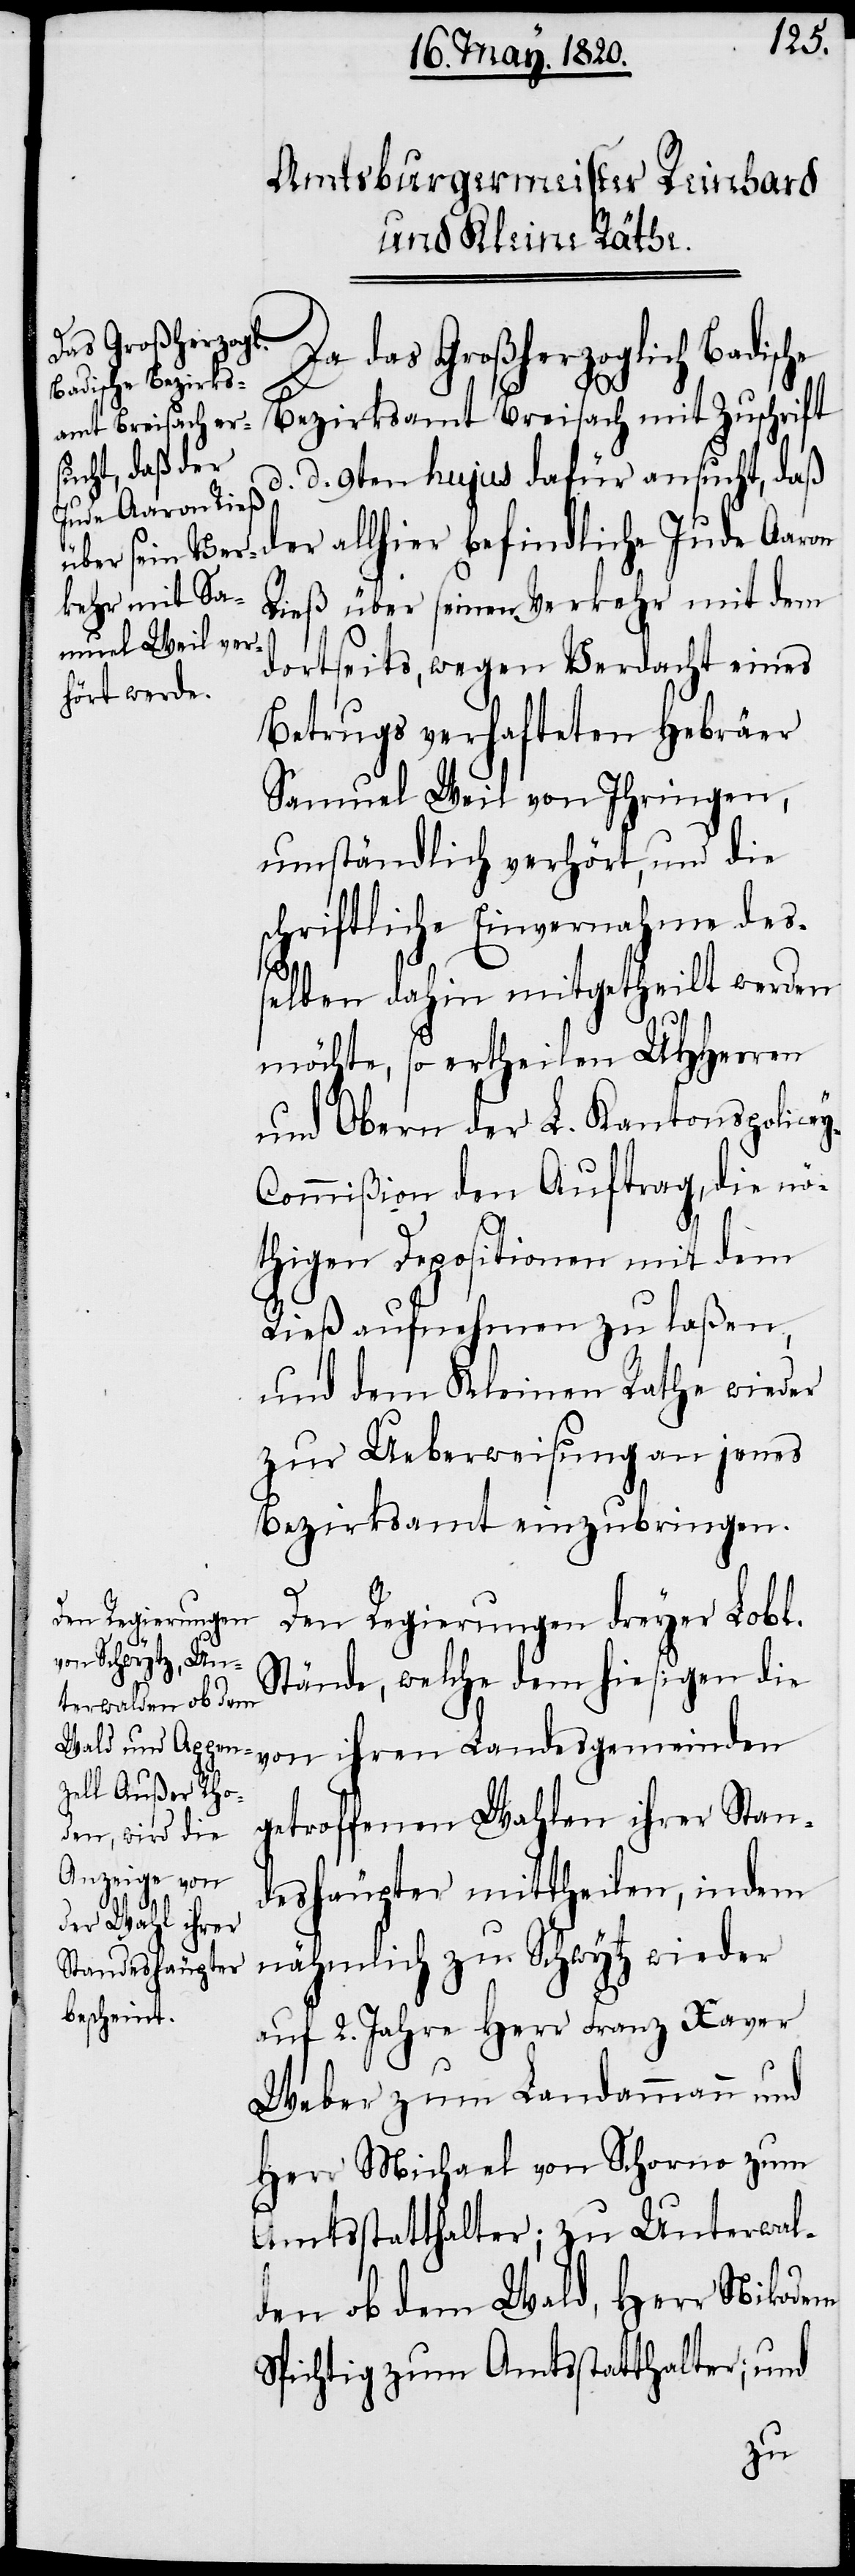
Da das Großherzoglich Badische
Bezirksamt Breisach mit Zuschrift
d. d. 9ten hujus dafür ansucht, daß
der allhier befindliche Jude Aaron
Rieß über seinen Verkehr mit dem
dortseits, wegen Verdacht eines
Betrugs verhafteten Hebräer
Samuel Weil von Ihringen,
umständlich verhört, und die
schriftliche Einvernahme des¬
selben dahin mitgetheilt werden
y-C¬
möchte, so ertheilen UHHerren
und Obern der L. Kantonspolice¬
ommißion den Auftrag, die nö¬
thigen Depositionen mit dem
Rieß aufnehmen zu laßen,
und dem Kleinen Rathe wieder
zur Ueberweisung an jenes
Bezirksamt einzubringen.
Den Regierungen dreyer Lobl.
Stände, welche dem hiesigen die
von ihren Landesgemeinden
getroffenen Wahlen ihrer Stan¬
deshäupter mittheilen, indem
nähmlich zu Schwytz wieder
auf 2. Jahre Herr Franz Xaver
Weber zum Landammann und
Herr Michael von Schorno zum
Amtsstatthalter, zu Unterwal¬
den ob dem Wald, Herr Nikodem
Spichtig zum Amtsstatthalter; und